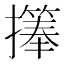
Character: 𪮹